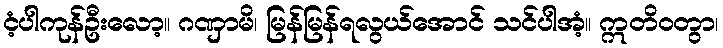
ငံ့ပါကုန်ဦးလော့။ ဂဏှာမိ၊ မြန်မြန်ရလွယ်အောင် သင်ပါအံ့။ ဣတိဝတွာ၊